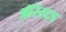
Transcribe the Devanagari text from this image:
ऑरेस्टड